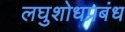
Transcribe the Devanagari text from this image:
लघुशोधप्रबंध